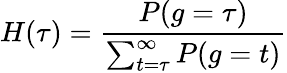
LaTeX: H(\tau)=\frac{P(g=\tau)}{\sum_{t=\tau}^{\infty}P(g=t)}